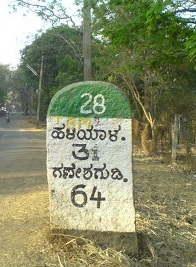
Language: kannada
Transcription: ಹಳಿಯಾಳ ಗಣೇಶಗುಡಿ